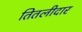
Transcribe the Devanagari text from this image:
तितलीदार